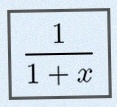
\frac{1}{1+x}